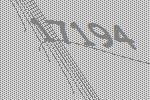
17194